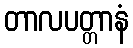
တာလပတ္တာနံ